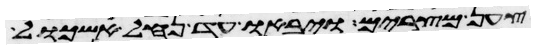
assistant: צען מצרים ויבאו עד נחל אשכול